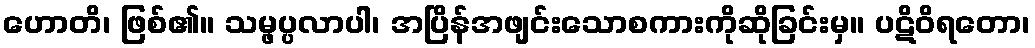
ဟောတိ၊ ဖြစ်၏။ သမ္ဖပ္ပလာပါ၊ အပြိန်အဖျင်းသောစကားကိုဆိုခြင်းမှ။ ပဋိဝိရတော၊